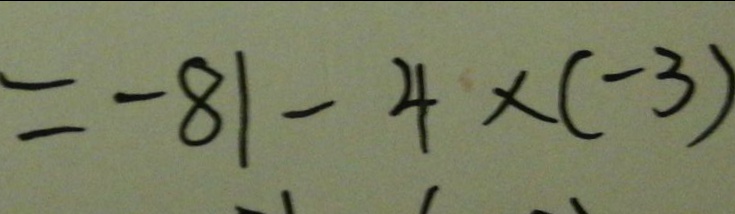
= - 8 1 - 4 \times ( - 3 )